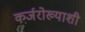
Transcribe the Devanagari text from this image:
कर्जरोख्याशी